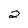
Character: 2